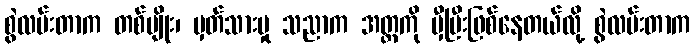
စွဲလမ်းတာက တစ်မျိုး၊ မှတ်သားမှု သညာက အတ္တကို မှီပြီးဖြစ်နေတယ်လို့ စွဲလမ်းတာက